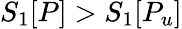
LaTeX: S_{1}[P]>S_{1}[P_{u}]